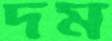
দম